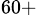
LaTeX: ^{60+}